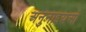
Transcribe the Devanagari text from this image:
अनुनाइयओ